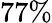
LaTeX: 77\%